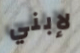
لإبني